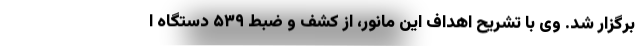
برگزار شد. وی با تشریح اهداف این مانور، از کشف و ضبط ۵۳۹ دستگاه ا